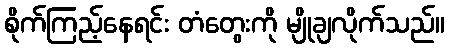
စိုက်ကြည့်နေရင်း တံတွေးကို မျိုချလိုက်သည်။